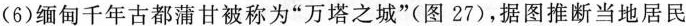
(6)缅甸千年古都蒲甘被称为”万塔之城”(图27)，据图推断当地居民